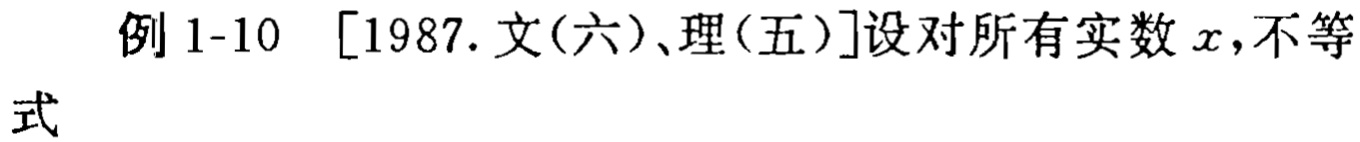
例 1-10 [1987.文(六)、理(五)]设对所有实数 \(x\)，不等式